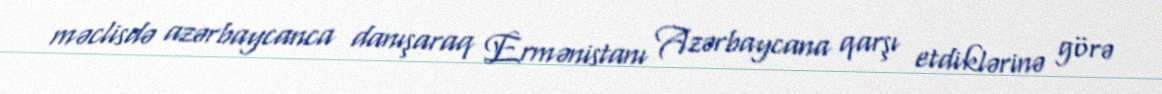
məclisdə azərbaycanca danışaraq Ermənistanı Azərbaycana qarşı etdiklərinə görə